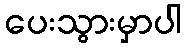
ပေးသွားမှာပါ